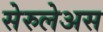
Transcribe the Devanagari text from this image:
सेरुलेअस